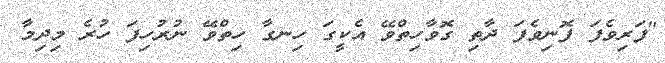
"ފަރިވެފަ ފޮނިވެފަ ދާތި ގޮވާހިތްވޭ އެކީގަ ހިނގާ ހިތްވޭ ނުރުހިފަ ހުރެ މިދިމާ